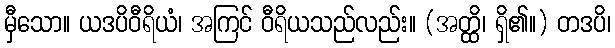
မှီသော။ ယဒပိဝီရိယံ၊ အကြင် ဝီရိယသည်လည်း။ (အတ္ထိ၊ ရှိ၏။) တဒပိ၊